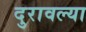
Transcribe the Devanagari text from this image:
दुरावल्या